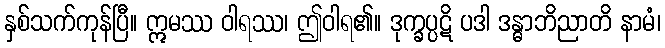
နှစ်သက်ကုန်ပြီ။ ဣမဿ ဝါရဿ၊ ဤဝါရ၏။ ဒုက္ခပ္ပဋိ ပဒါ ဒန္ဓာဘိညာတိ နာမံ၊